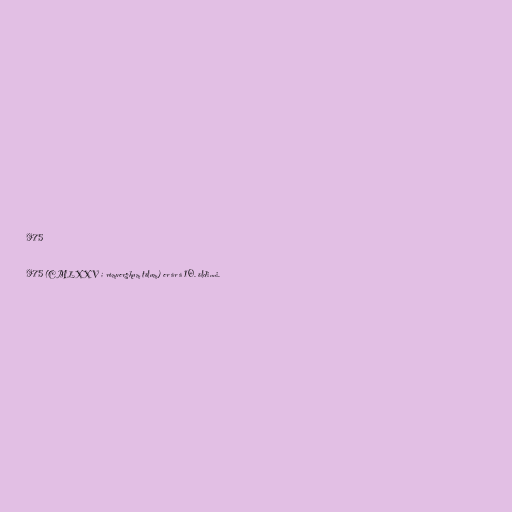
975

975 (CMLXXV í rómverskum tölum) er ár á 10. öldinni.